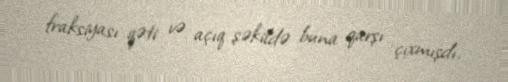
fraksiyası qəti və açıq şəkildə buna qarşı çıxmışdı.